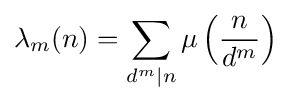
\lambda _{m}(n)=\sum _{d^{m}|n}\mu \left({\frac {n}{d^{m}}}\right)